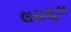
લયસૂઝ